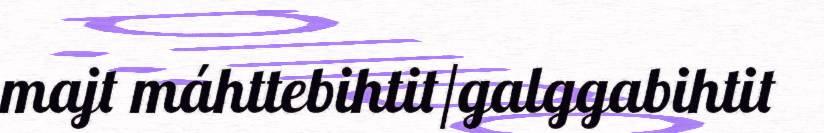
majt máhttebihtit/galggabihtit